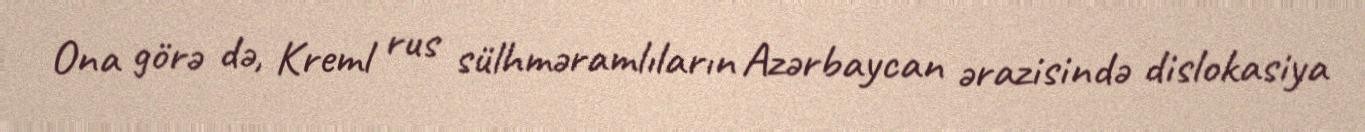
Ona görə də, Kreml rus sülhməramlıların Azərbaycan ərazisində dislokasiya